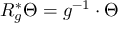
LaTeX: R _ { g } ^ { * } \Theta = g ^ { - 1 } \cdot \Theta